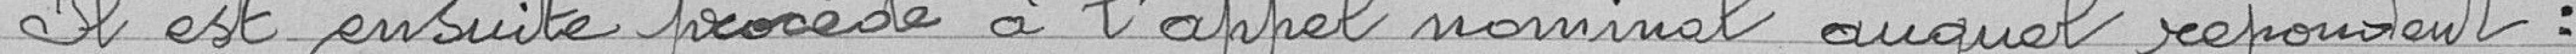
Il est ensuite procédé à l'appel nominal auquel répondent: